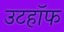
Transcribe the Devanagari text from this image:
उटहॉफ